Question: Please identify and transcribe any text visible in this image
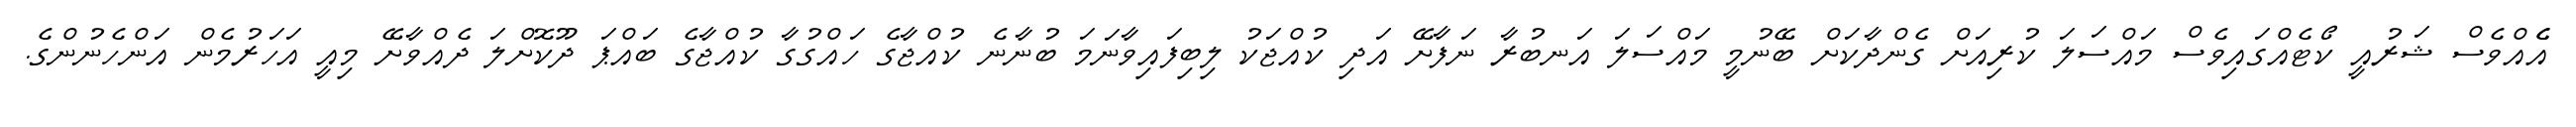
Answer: އެެއްވެސް ޝަރުއީ ކޯޓެއްގައިވެސް މައްސަލަ ކުރިއަށް ގެންދާކަށް ބޭނުމީ މައްސަލަ އަނބުރާ ނަފާށޭ އަދި ކުއްޖަކު ލިބިފައިވާނަމަ ބުނާނެ ކުއްޖާގެ ހައްގުގާ ކުއްޖާގެ ބައްޕަ ދޫކޮށްލަ ދެއްވާށޭ މިއީ އަހަރުމެން އަންހެނުންގެ.